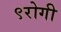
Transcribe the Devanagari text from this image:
९रोगी